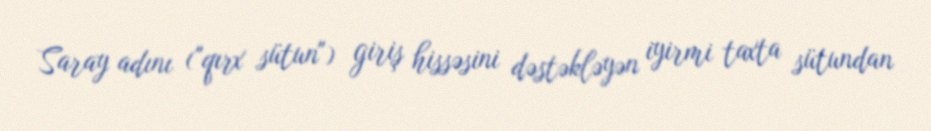
Saray adını ("qırx sütun") giriş hissəsini dəstəkləyən iyirmi taxta sütundan